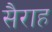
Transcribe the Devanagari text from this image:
सैराह